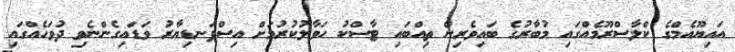
އައިޔޫއެމްގެ ކްލާސްރޫމެއްގައި މުބާރުގެ ބައިވެރިން ތިއްބައި ޓާސްކު ހަވާލުކުރުމަށް އިސްފަނޑިޔާރު ވަޑައިގެންނެވި ދުވަހެއްގައި